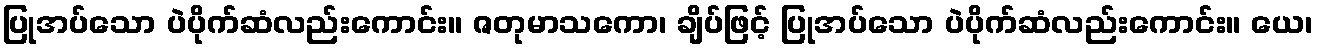
ပြုအပ်သော ပဲပိုက်ဆံလည်းကောင်း။ ဇတုမာသကော၊ ချိပ်ဖြင့် ပြုအပ်သော ပဲပိုက်ဆံလည်းကောင်း။ ယေ၊